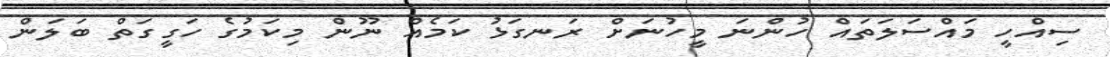
ސިއްހީ މައްސަލަތައް ހުންނަ މީހުނަށް ރަނގަޅު ކަމެއް ނޫން މިކަމުގެ ހަގީގަތް ބަލަން